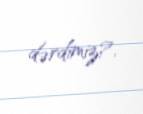
dərdimiz?.